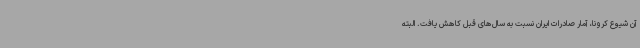
آن شیوع کرونا، آمار صادرات ایران نسبت به سال‌های قبل کاهش یافت. البته